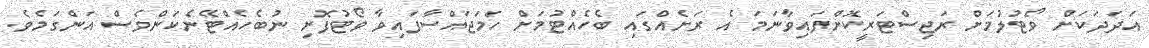
އަދަދަކަށް ވޯޓުލުމަށް ރަޖިސްޓަރީކޮށްފައިވާނަމަ އެ ރަށެއްގައި ބެހެއްޓުމަށް ހަމަޖައްސާފައިވާ ވޯޓުފޮށި ނުބެހެއްޓޭނެކަންވެސް އަންގަމެވެ.